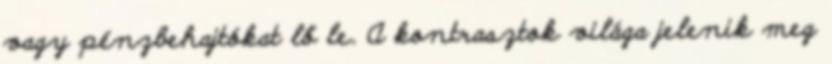
vagy pénzbehajtókat lő le. A kontrasztok világa jelenik meg